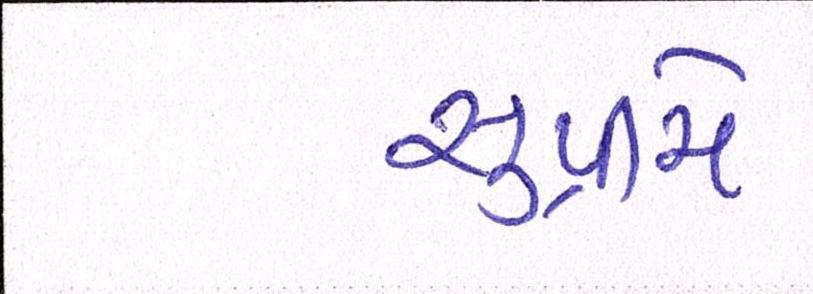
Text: સુપ્રીમે